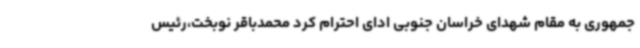
جمهوری به مقام شهدای خراسان جنوبی ادای احترام کرد محمدباقر نوبخت،رئیس